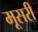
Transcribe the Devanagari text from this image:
मूसरी